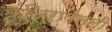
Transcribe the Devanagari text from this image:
कंजिरापल्ली